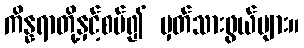
ကိန္နရာတို့နှင့်စပ်၍ မှတ်သားဖွယ်များ။